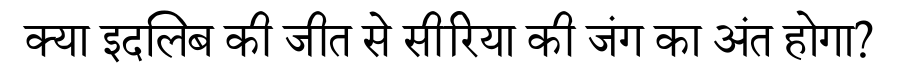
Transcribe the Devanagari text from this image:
क्या इदलिब की जीत से सीरिया की जंग का अंत होगा?